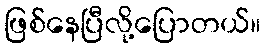
ဖြစ်နေပြီလို့ပြောတယ်။